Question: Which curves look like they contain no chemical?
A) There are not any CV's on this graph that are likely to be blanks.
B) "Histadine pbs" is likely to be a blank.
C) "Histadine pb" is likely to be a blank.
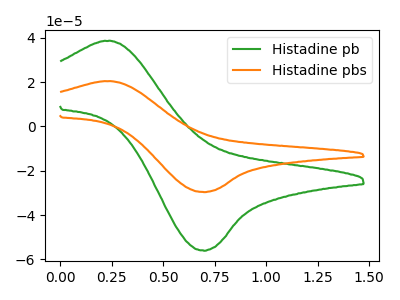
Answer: <think>The green curve "Histadine pb" has an anodic peak at (0.25V, 38.45uA) and a cathodic peak at (0.70V, -56.05uA). The orange curve "Histadine pbs" has an anodic peak at (0.25V, 20.35uA) and a cathodic peak at (0.70V, -29.65uA).</think>
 <answer>A) There are not any CV's on this graph that are likely to be blanks.</answer>
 <eval>A</eval>